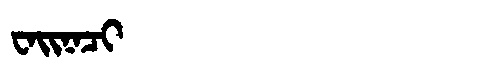
Manchu: ᠸᠠᡳᠨᠠᠴᡳ
Romanization: WAINACI